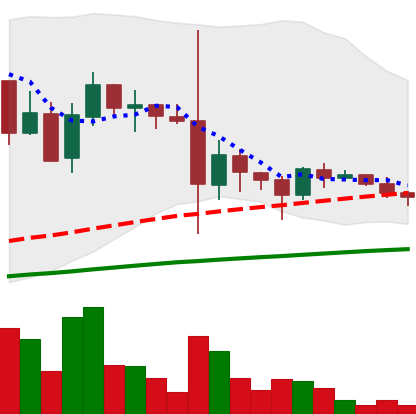
Ticker: DOGE-USD
Chart end date: 2021-05-29
Forward return: 31.953%
Label: up_7plus